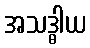
အသဒ္ဓါယ